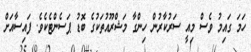
ހަމަ ގައިމު ވެސް މިއީ ސަރުކާރުން ހިންގާ މަޝްރޫއުތަކުގެ ބޮޑު ޕަސެންޓެކެވެ. ފައިސާއަށް